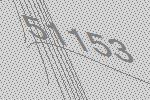
51153